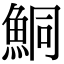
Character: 鮦